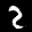
Label: 2